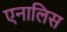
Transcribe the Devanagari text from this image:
एनालिस